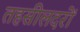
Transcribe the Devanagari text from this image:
तहसीलदरों